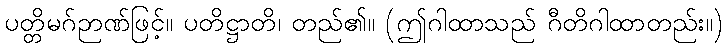
ပတ္တိမဂ်ဉာဏ်ဖြင့်။ ပတိဋ္ဌာတိ၊ တည်၏။ (ဤဂါထာသည် ဂီတိဂါထာတည်း။)